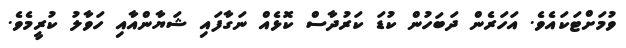
ވުމަށްޓަކައެވެ. އަހަރެން ދަބަހުން ކުޑަ ކަރުދާސް ކޮޅެއް ނަގާފައި ޝަޔާންއާއި ހަވާލު ކުރީމެވެ.